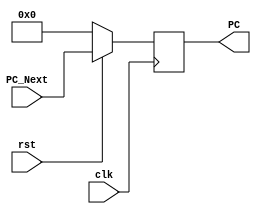
`timescale 1ns / 1ps
//////////////////////////////////////////////////////////////////////////////////
// Company: 
// Engineer: 
// 
// Design Name: 
// Module Name: programCounter
// Project Name: 
// Target Devices: 
// Tool Versions: 
// Description: 
// 
// Dependencies: 
// 
// Revision:
// Revision 0.01 - File Created
// Additional Comments:
// 
//////////////////////////////////////////////////////////////////////////////////

module programCounter(
    input wire clk, rst,
    input [31:0] PC_Next,
    output reg [31:0] PC
    );
    //reg [31:0] pc_register;
    always @(posedge clk)
        begin
            if (!rst)
            PC <= 0;
            else
            PC <= PC_Next;
        end
    
    
endmodule